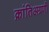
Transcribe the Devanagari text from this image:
क्रांतिअग्रणी